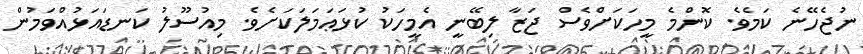
ނުޖެހޭނެ ކަމެވެ. ކޮންމެ މީހަކަށްވެސް ޖަޒާ ލިބޭނީ އެމީހަކު ކުޅަޢަމަލަކަށެވެ. މިއުސޫލު ކަނޑައަޅުއްވަމުން